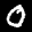
Label: 0